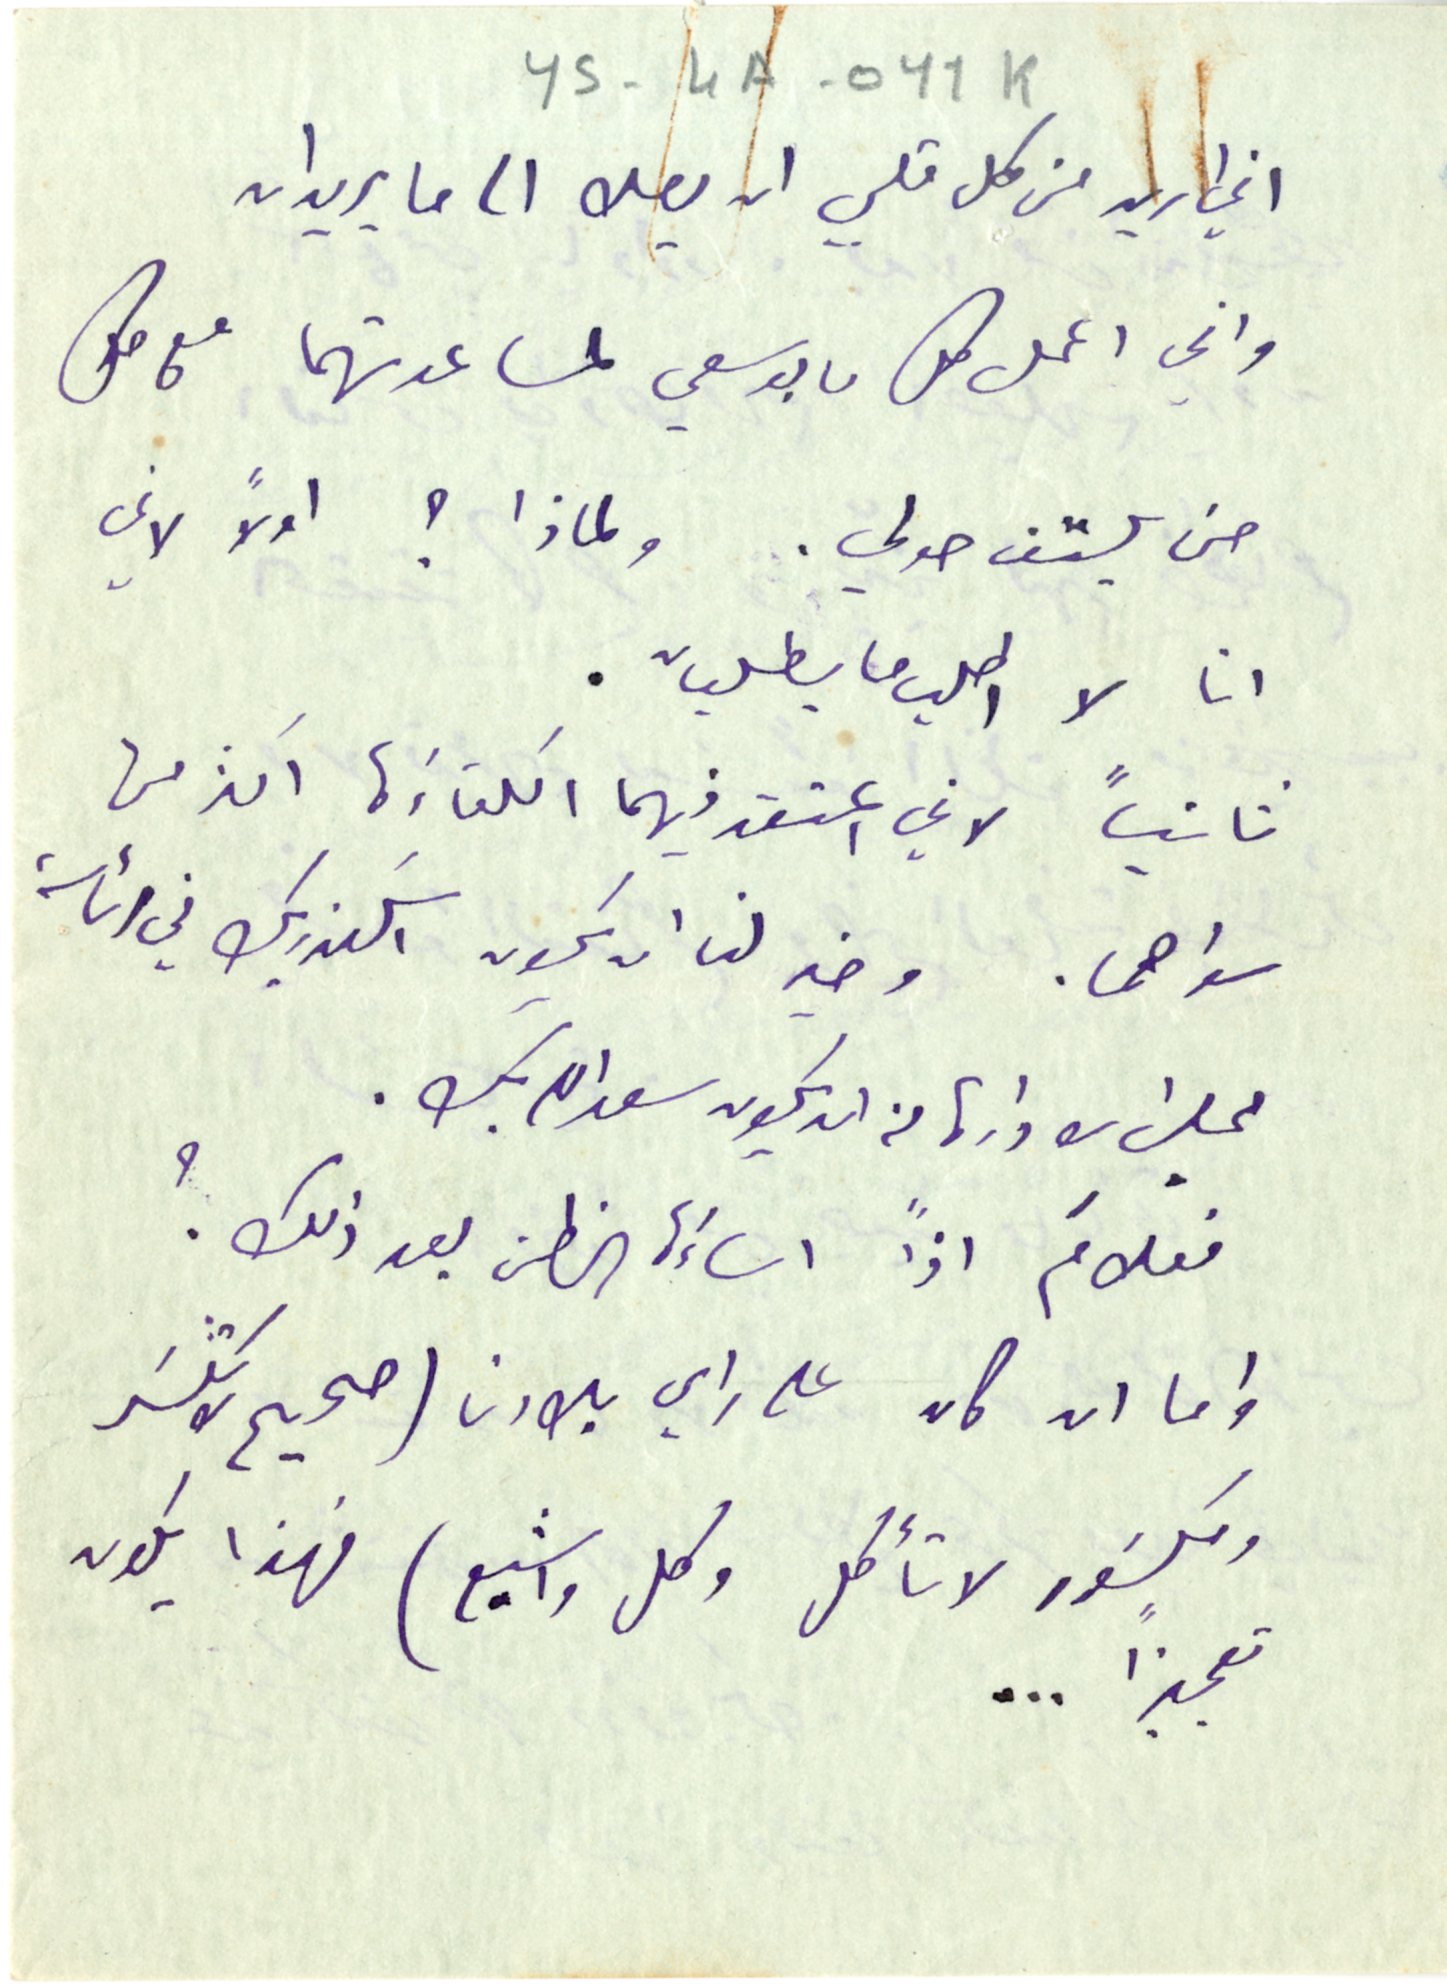
YS-4A-011K
اني اريد من كل قلبي ان يصل الى ما يريدان
واني اعمل كل ما بوسعي لمساعدتهما مع كل
حتى يلتف حولي. ولماذا ؟ اولاً لاني
انا لا اطلب ما يطلبّ.
ثانياً لاني اعتقد فيهما الكفاءَة اكثر من
سواهما. وخير لنا ان يكون اسكندر بك في رئاسة
مجلس الادارة من ان يكون سعدالله بك.
فعلامَ اذاً اساءَة الظن بعد ذلك؟
 واما ان كان على راي بلادنا (صحيح لا تكسَر
ومكسَور لا تأكل وكل واشبع) فهذا يكون
تعجيزًا ...